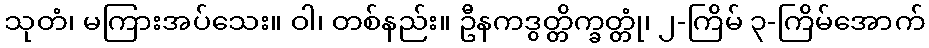
သုတံ၊ မကြားအပ်သေး။ ဝါ၊ တစ်နည်း။ ဦနကဒွတ္တိက္ခတ္တုံ၊ ၂-ကြိမ် ၃-ကြိမ်အောက်